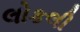
લોકલી